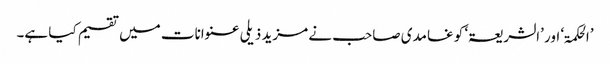
’الحکمۃ‘ اور ’الشریعۃ‘ کو غامدی صاحب نے مزید ذیلی عنوانات میں تقسیم کیا ہے۔